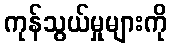
ကုန်သွယ်မှုများကို